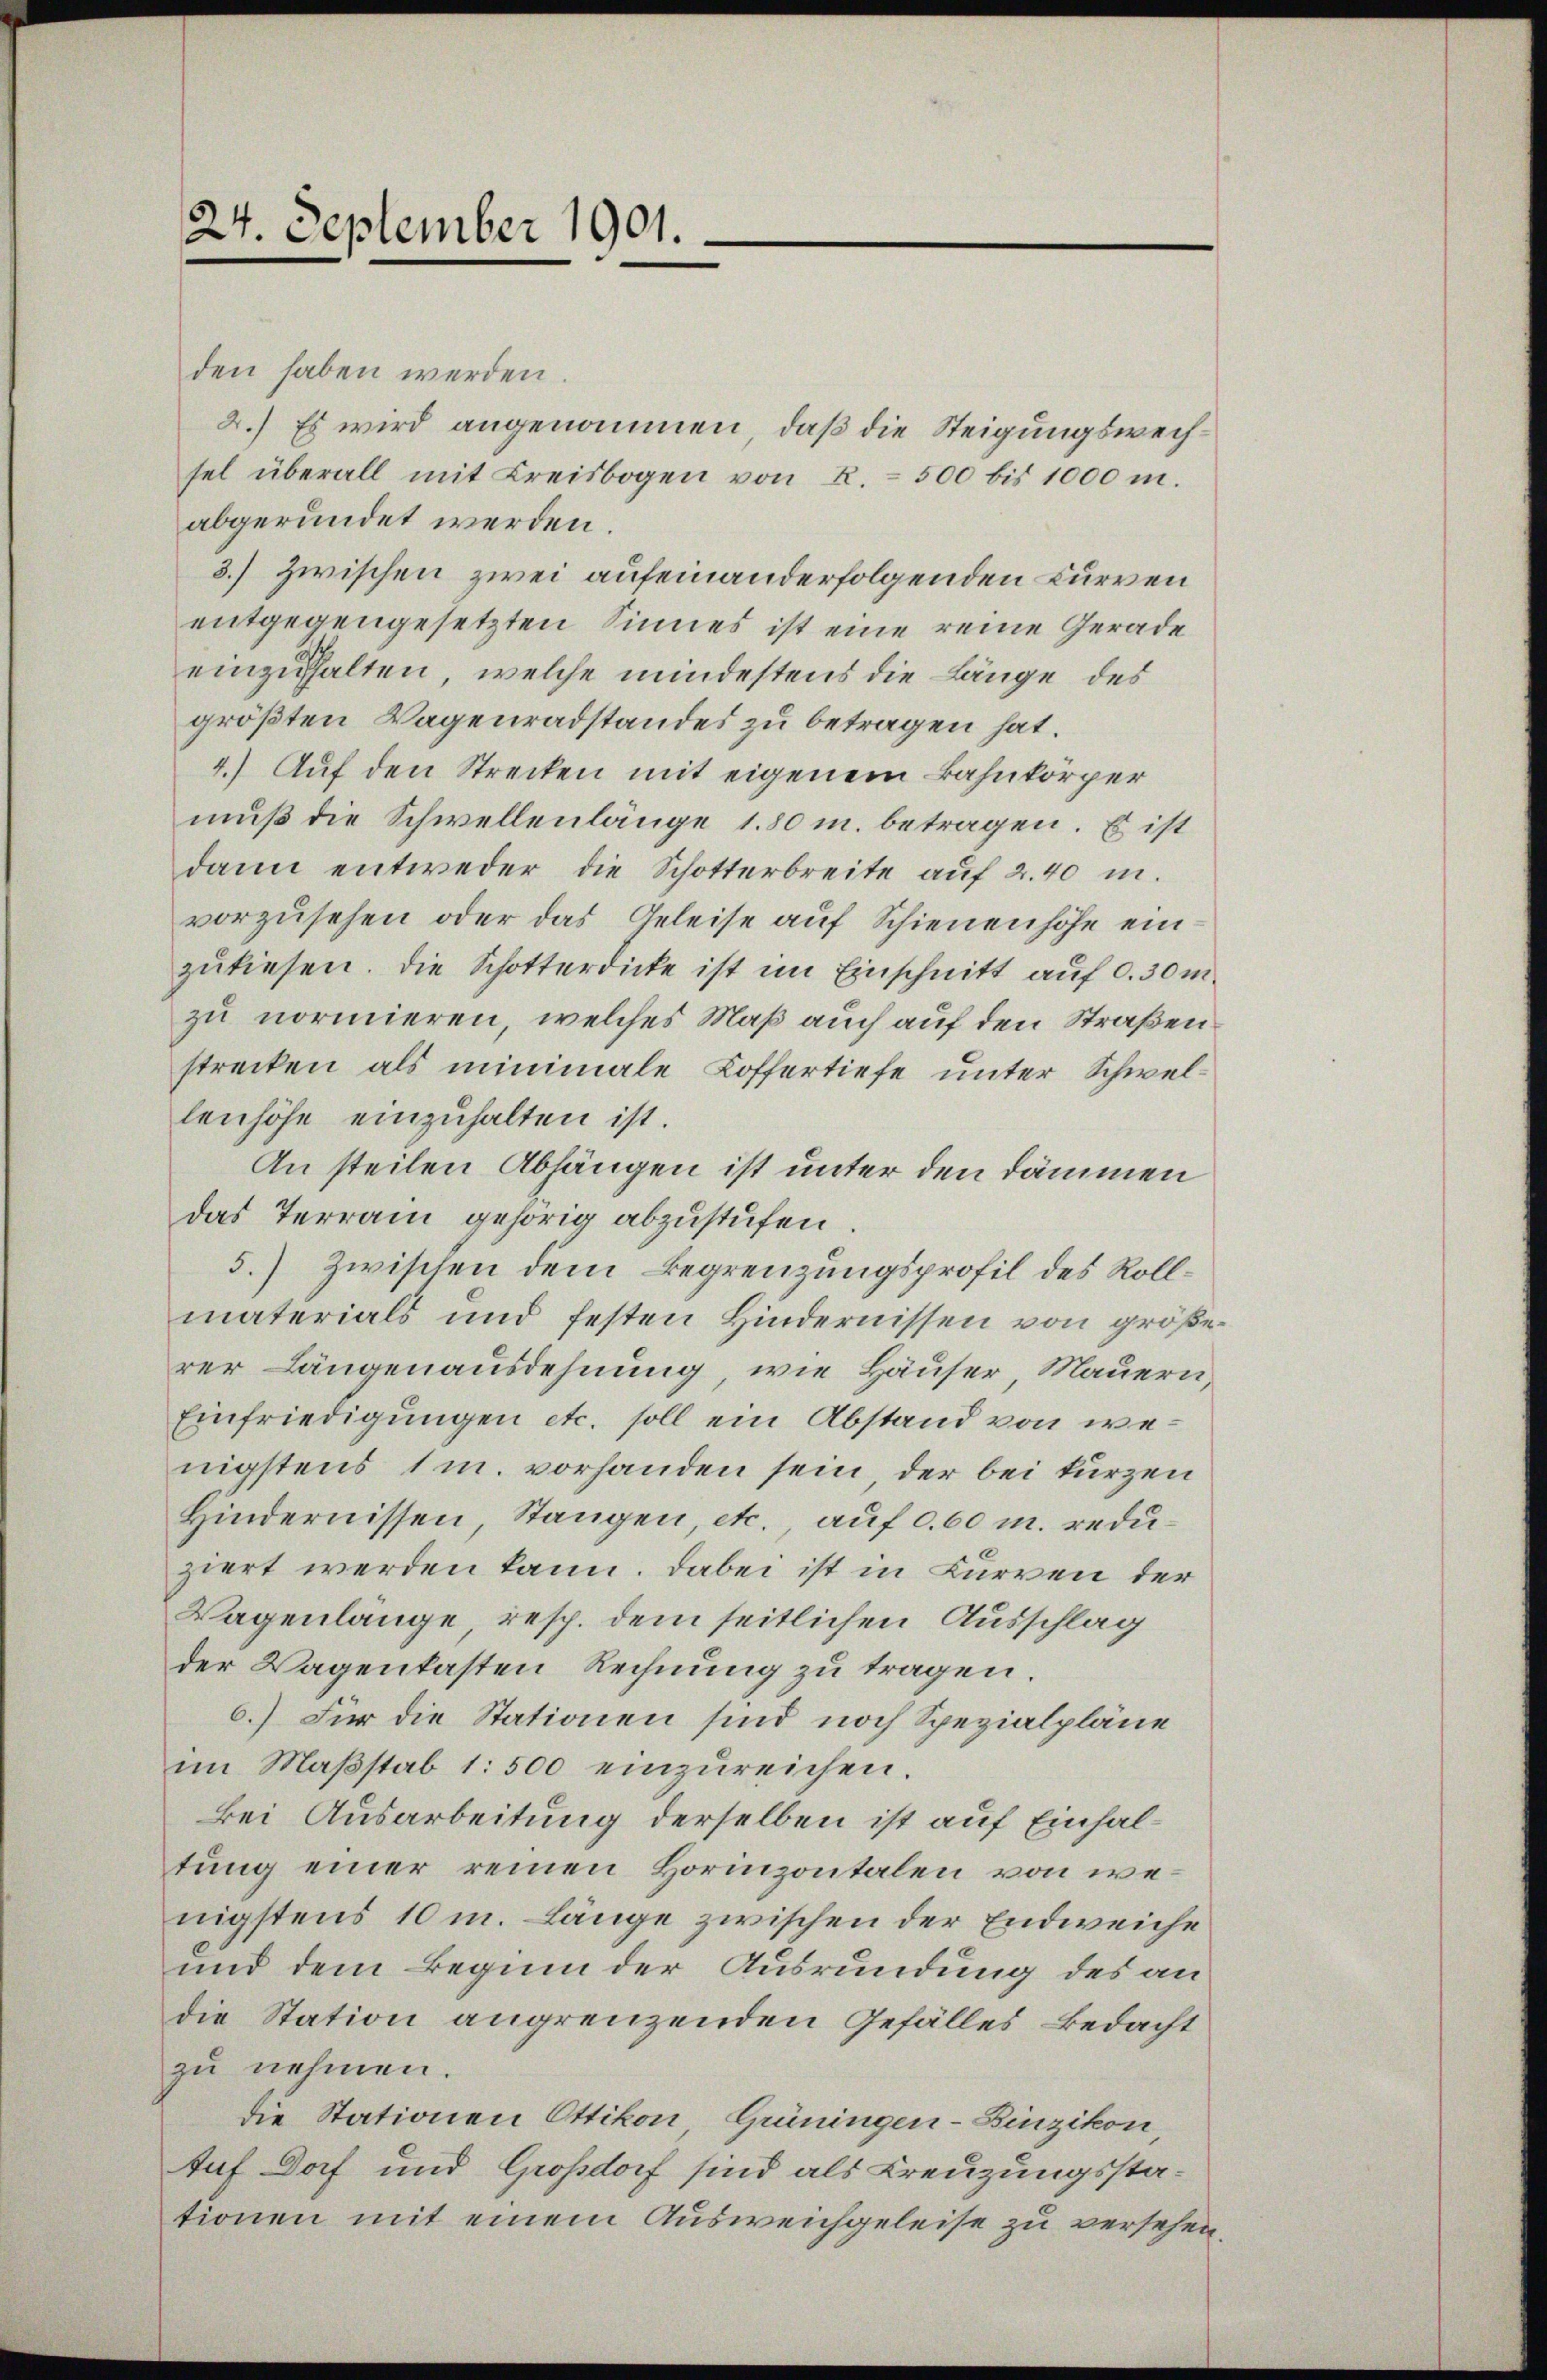
24. September 1901.

den haben werden.
2.) Es wird angenommen, daß die Steigungswechsel überall mit Kreisbogen von 2. 500 bis 1000 m.
abgeründet werden.
3.) Zwischen zwei aufeinanderfolgenden Kurven
entgegengesetzten Sinnes ist eine reine Gerade
einzuhalten, welche mindestens die Länge des
größten Wagenradstandes zu betragen hat.
4.) Auf den Strecken mit eigenem Bahnkörper
muß die Schwellenlänge 180 m. betragen. Es ist
dann entweder die Schotterbreite auf 2.40 in.
vorzusehen oder das Geleise auf Schienenhöhe einzuliesen. Die Schotterdicke ist im Einschnitt auf d. 30 m
zu normieren, welches Maß auch auf den Straßen
strecken als minimale Koffertiefe unter Schwellenhöhe einzuhalten ist.
An steilen Abhängen ist unter den Dämmen
das Terrain gehörig abzustufen.
5.) Zwischen dem Begrenzungsprofil des Rollmaterials und festen Hindernissen von größerer Längenausdehnung, wie Häuser, Mauern
Einfriedigungen etc. soll ein Abstand von wenigstens 1 m. vorhanden sein, der bei kurzen
Hindernissen, Stangen, etc. auf 0,60 m. reduziert werden kann. Dabei ist in Kurren der
Wagenlänge, resp. dem seitlichen Ausschlag
der Wagenkasten Rechnung zu tragen.
6.) Für die Stationen sind noch Spezialpläne
im Maβstab 1: 500 einzŭreichen.
bei Ausarbeitung derselben ist auf Einhaltung einer reinen Horizontalen von wenigstens 10 m. Länge zwischen der Endweiche
und dem Beginn der Ausrundung des an
die Station angrenzenden Gefälles Bedacht
zu nehmen.
die Stationen Ottikon, Grüningen-Zinzikon
tuf Dorf und Großdorf sind als Kreuzungsstationen mit einem Ausweichgeleise zu versehen,